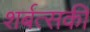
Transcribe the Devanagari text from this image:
शर्बत्सकी